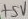
Text: +5V